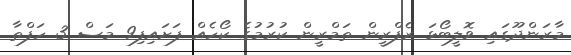
މާރަންދޫގައި ވޮލީބޯޅަ ރެފްރީން ތަމްރީން ކުރުމުގެ ކޯހެއް ފަށައިފި9 މަސް 3 ހަފްތާ